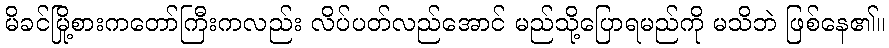
မိခင်မြို့စားကတော်ကြီးကလည်း လိပ်ပတ်လည်အောင် မည်သို့ပြောရမည်ကို မသိဘဲ ဖြစ်နေ၏။